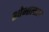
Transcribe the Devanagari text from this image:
शोभालाल